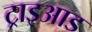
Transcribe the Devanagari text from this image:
ट्राइआड